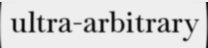
ultra-arbitrary